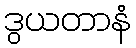
ဒွယတာနံ